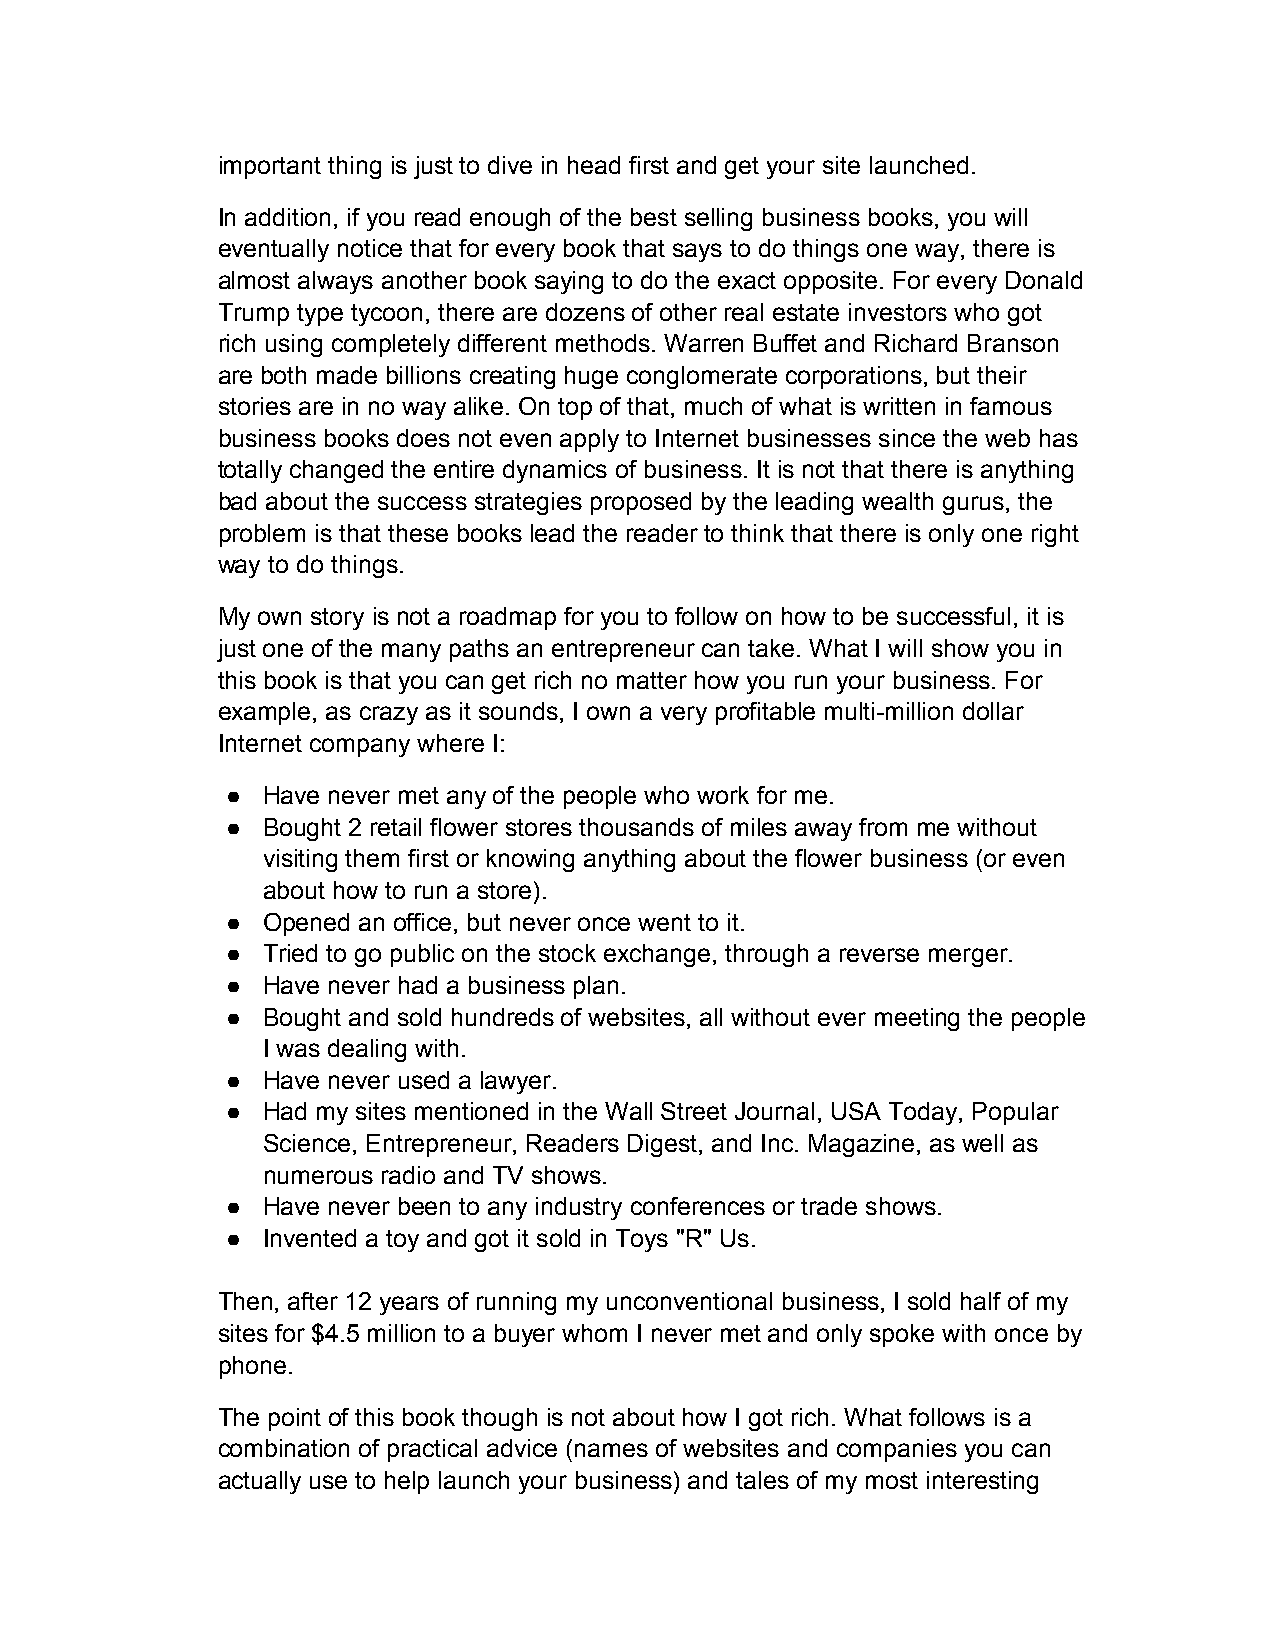
important thing is just to dive in head first and get your site launched.
 In addition, if you read enough of the best selling business books, you will
 eventually notice that for every book that says to do things one way, there is
 almost always another book saying to do the exact opposite. For every Donald
 Trump type tycoon, there are dozens of other real estate investors who got
 rich using completely different methods. Warren Buffet and Richard Branson
 are both made billions creating huge conglomerate corporations, but their
 stories are in no way alike. On top of that, much of what is written in famous
 business books does not even apply to Internet businesses since the web has
 totally changed the entire dynamics of business. It is not that there is anything
 bad about the success strategies proposed by the leading wealth gurus, the
 problem is that these books lead the reader to think that there is only one right
 way to do things.
 My own story is not a roadmap for you to follow on how to be successful, it is
 just one of the many paths an entrepreneur can take. What I will show you in
 this book is that you can get rich no matter how you run your business. For
 example, as crazy as it sounds, I own a very profitable multi-million dollar
 Internet company where I:
 ● Have never met any of the people who work for me.
 ● Bought 2 retail flower stores thousands of miles away from me without
 visiting them first or knowing anything about the flower business (or even
 about how to run a store).
 ● Opened an office, but never once went to it.
 ● Tried to go public on the stock exchange, through a reverse merger.
 ● Have never had a business plan.
 ● Bought and sold hundreds of websites, all without ever meeting the people
 I was dealing with.
 ● Have never used a lawyer.
 ● Had my sites mentioned in the Wall Street Journal, USA Today, Popular
 Science, Entrepreneur, Readers Digest, and Inc. Magazine, as well as
 numerous radio and TV shows.
 ● Have never been to any industry conferences or trade shows.
 ● Invented a toy and got it sold in Toys "R" Us.
 Then, after 12 years of running my unconventional business, I sold half of my
 sites for $4.5 million to a buyer whom I never met and only spoke with once by
 phone.
 The point of this book though is not about how I got rich. What follows is a
 combination of practical advice (names of websites and companies you can
 actually use to help launch your business) and tales of my most interesting